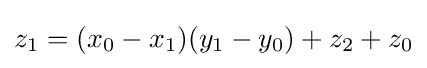
z_{1}=(x_{0}-x_{1})(y_{1}-y_{0})+z_{2}+z_{0}